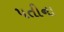
પતીના